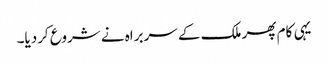
یہی کام پھر ملک کے سربراہ نے شروع کردیا۔